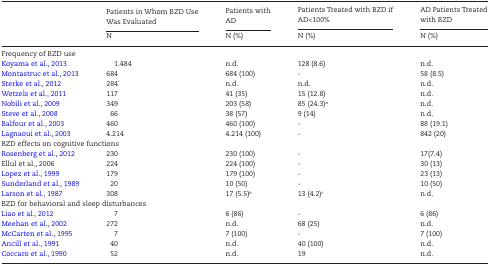
|  | Patients in Whom BZD Use Was EvaluatedN | Patients with ADN (%) | Patients Treated with BZD if AD<100%N (%) | AD Patients Treated with BZDN (%) |
 | --- | --- | --- | --- | --- |
 | <COLSPAN=5> Frequency of BZD use |
 | Koyama et al., 2013 | 1.484 | n.d. | 128 (8.6) | n.d. |
 | Montastruc et al., 2013 | 684 | 684 (100) | - | 58 (8.5) |
 | Sterke et al., 2012 | 284* | n.d. | n.d. | n.d. |
 | Wetzels et al., 2011 | 117 | 41 (35) | 15 (12.8) | n.d. |
 | Nobili et al., 2009 | 349 | 203 (58) | 85 (24.3)a | n.d. |
 | Steve et al., 2008 | 66 | 38 (57) | 9 (14) | n.d. |
 | Balfour et al., 2003 | 460 | 460 (100) | - | 88 (19.1) |
 | Lagnaoui et al., 2003 | 4.214 | 4.214 (100) | - | 842 (20) |
 | <COLSPAN=5> BZD effects on cognitive functions |
 | Rosenberg et al., 2012 | 230 | 230 (100) | - | 17(7.4) |
 | Ellul et al., 2006 | 224 | 224 (100) | - | 30 (13) |
 | Lopez et al., 1999 | 179 | 179 (100) | - | 23 (13) |
 | Sunderland et al., 1989 | 20 | 10 (50) | - | 10 (50) |
 | Larson et al., 1987 | 308 | 17 (5.5)b | 13 (4.2)c | n.d. |
 | <COLSPAN=5> BZD for behavioral and sleep disturbances |
 | Liao et al., 2012 | 7 | 6 (86) | - | 6 (86) |
 | Meehan et al., 2002 | 272 | n.d. | 68 (25) | n.d. |
 | McCarten et al., 1995 | 7 | 7 (100) | - | 7 (100) |
 | Ancill et al., 1991 | 40 | n.d. | 40 (100) | n.d. |
 | Coccaro et al., 1990 | 52 | n.d. | 19 | n.d. |